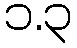
၁.၃